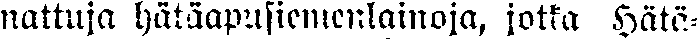
nattuja hätäapusiemenlainoja, jotka Hätä-